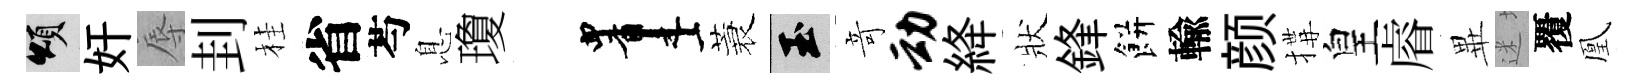
頌奸辱刲桂省芍息瓊画蓑玉竒动絳狀鋒餅輸颜搆皇𥈠𭺾迷覆凰